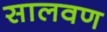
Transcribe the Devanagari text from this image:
सालवण